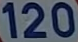
120